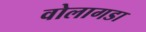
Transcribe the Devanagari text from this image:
वोलागडा